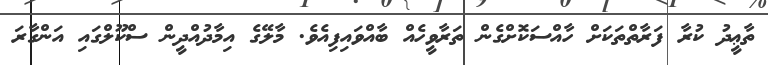
ތާޢީދު ކުރާ ފަރާތްތަކަށް ހާއްސަކޮށްގެން ތަރާވީހެއް ބާއްވައިފިއެވެ. މާލޭގެ އިމާދުއްދީން ސްކޫލްގައި އަންގާރަ